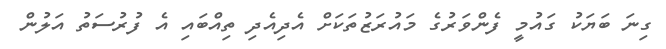
ގިނަ ބަޔަކު ގައުމީ ފެންވަރުގެ މައުރަޒުތަކަށް އެދިއެދި ތިއްބައި އެ ފުރުސަތު އަލުން